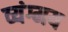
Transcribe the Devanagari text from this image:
व्यंग्मय